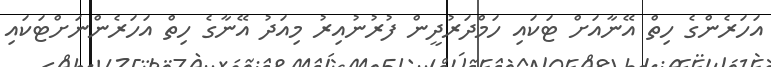
އަހަރެންގެ ހިތް އޭނާއަށް ޓަކައި ހަމްދަރުދީން ފުރުނުއިރު މިއަދު އޭނާގެ ހިތް އަހަރެންނަށްޓަކައި